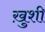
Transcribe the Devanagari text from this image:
खु़शी